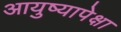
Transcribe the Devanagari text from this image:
आयुष्यापेक्षा